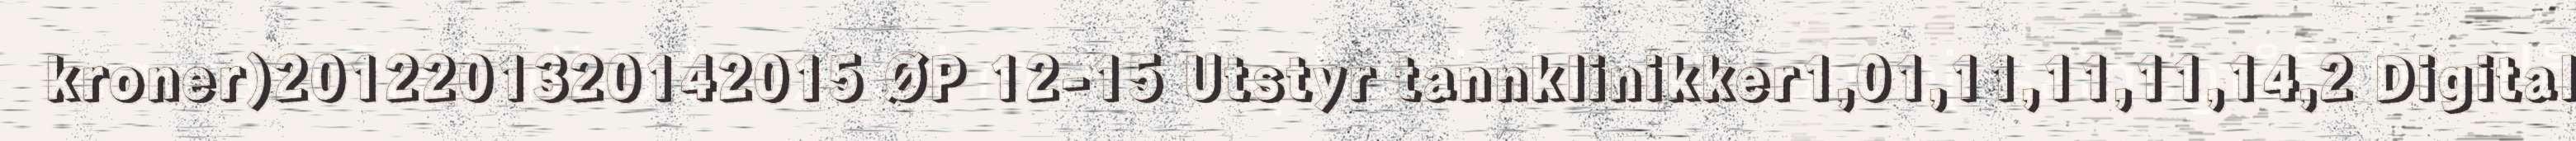
kroner)2012201320142015 ØP 12-15 Utstyr tannklinikker1,01,11,11,11,14,2 Digital